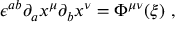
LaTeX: \epsilon ^ { a b } \partial _ { a } x ^ { \mu } \partial _ { b } x ^ { \nu } = \Phi ^ { \mu \nu } ( { \xi } ) \ ,